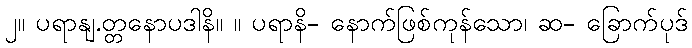
၂။ ပရာနျ.တ္တနောပဒါနိ။ ။ ပရာနိ- နောက်ဖြစ်ကုန်သော၊ ဆ- ခြောက်ပုဒ်